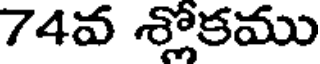
74వ శ్లోకము